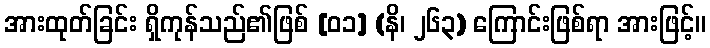
အားထုတ်ခြင်း ရှိကုန်သည်၏ဖြစ် [၀၁] (နိ၊ ၂၆၃) ကြောင်းဖြစ်ရာ အားဖြင့်။